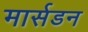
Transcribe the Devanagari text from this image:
मार्सडन